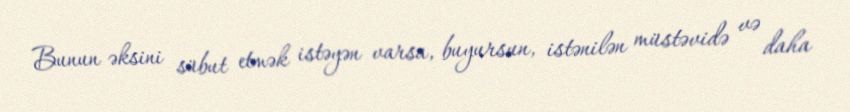
Bunun əksini sübut etmək istəyən varsa, buyursun, istənilən müstəvidə və daha